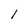
Character: 1